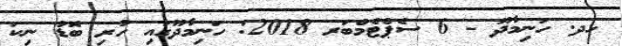
ހދ. ހަނިމާދޫ - 6 ސެޕްޓެމްބަރ 2018: ހަނިމާދޫގައި ހުރި ބޮޑު ނިކަ